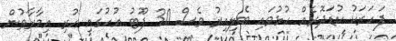
ފަހަރަކު ކުޑަދޮރެއް ހުޅުވައި ބެލިއިރު ވެސް 30 ފޫޓު އުހުގައި ހުރި އިމާރާތުން